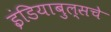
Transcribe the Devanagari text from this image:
इंडियाबुल्सचे